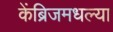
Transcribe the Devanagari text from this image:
केंब्रिजमधल्या